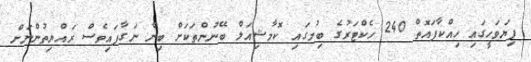
ފިޔަވަހީގައި ހިއްކާފައޮތް 240 ހެކްޓަރުގެ ބިމުގައި ކޮމާޝިއަލް ބޭނުންތަަކަށް ބިން ނަގާފައިވެސް ރައްޔިތުންނަށް